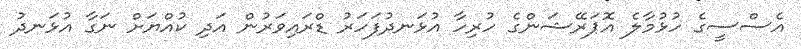
އެސްސީގެ ހުޅުމާލެ އޮޕަރޭޝަންގެ ހުރިހާ އުޅަނދުފަހަރު ޑްރައިވަރުން އަދި ކުއްޔަށް ނަގާ އުޅަނދު